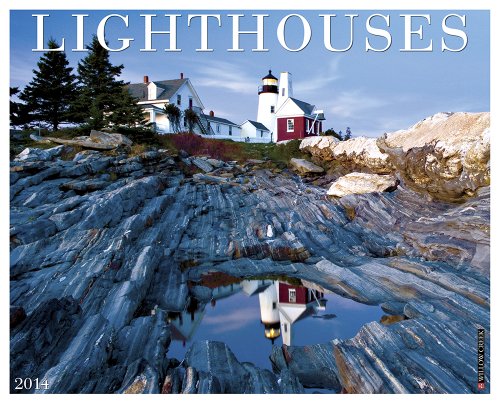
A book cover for Lighthouses 2014 Wall Calendar; Willow Creek Press; Calendars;